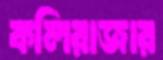
কলিরাজার